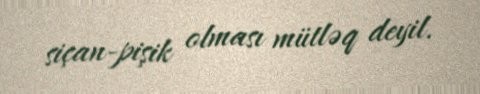
siçan-pişik olması mütləq deyil.